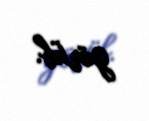
görüb.